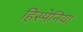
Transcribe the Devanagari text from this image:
हिस्पेनिया